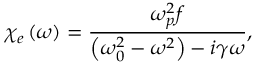
\chi _ { e } \left( \omega \right) = \frac { \omega _ { p } ^ { 2 } f } { \left( \omega _ { 0 } ^ { 2 } - \omega ^ { 2 } \right) - i \gamma \omega } ,